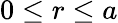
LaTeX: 0\leq r\leq a